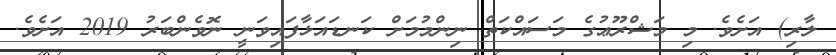
ލާރި) އަށެވެ. މި މަޝްރޫޢުގެ މަސައްކަތް ނިންމުމަށް ކަނޑައަޅާފައިވަނީ ނޮވެންބަރު 2019 އަށެވެ.